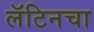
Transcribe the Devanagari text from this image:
लॅटिनचा